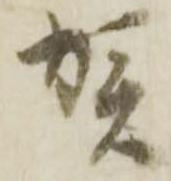
賀